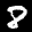
Label: 8